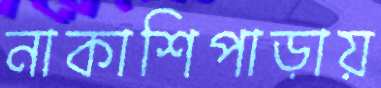
নাকাশিপাড়ায়